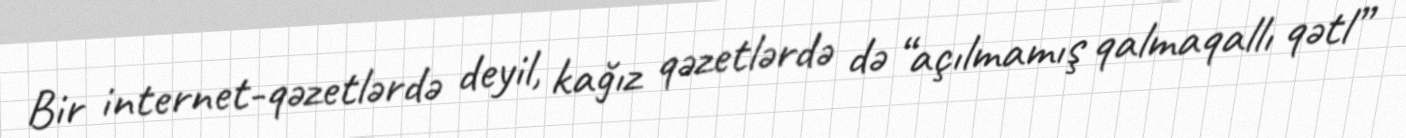
Bir internet-qəzetlərdə deyil, kağız qəzetlərdə də “açılmamış qalmaqallı qətl”